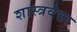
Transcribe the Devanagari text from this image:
शास्त्रवेत्ता